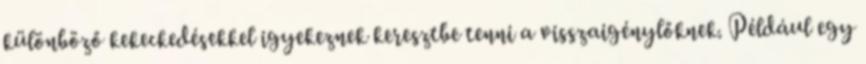
különböző kekeckedésekkel igyekeznek keresztbe tenni a visszaigénylőknek. Például egy